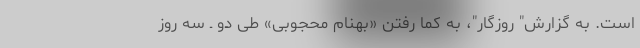
است. به گزارش" روزگار"، به کما رفتن «بهنام محجوبی» طی دو ـ سه روز